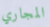
المجاري